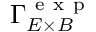
{ \Gamma } _ { E \times B } ^ { \mathrm { ~ e ~ x ~ p ~ } }